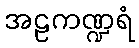
အဠကဏ္ဍရံ